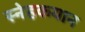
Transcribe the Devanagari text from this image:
स्नेहकयान